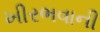
ખીરભવાની